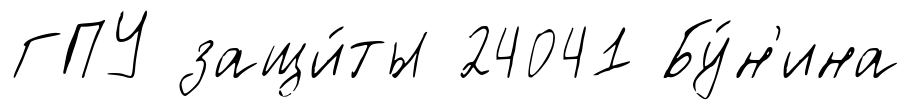
ГПУ защи́ты 24041 Бу́н'ина